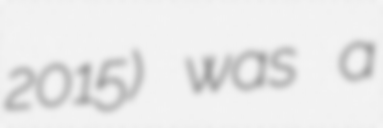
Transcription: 2015) was a